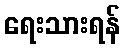
ရေးသားရန်